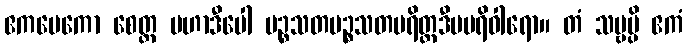
ဧကမေကော စေတ္ထ မဟာဒီပေါ ပဉ္စသတပဉ္စသတပရိတ္တဒီပပရိဝါရော။ တံ သဗ္ဗမ္ပိ ဧကံ